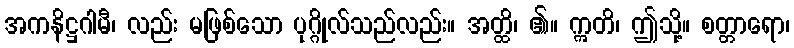
အကနိဋ္ဌဂါမီ၊ လည်း မဖြစ်သော ပုဂ္ဂိုလ်သည်လည်း။ အတ္ထိ၊ ၏။ ဣတိ၊ ဤသို့။ စတ္တာရော၊